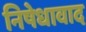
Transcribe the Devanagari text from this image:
निषेधावाद